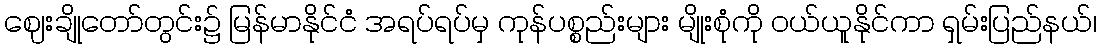
ဈေးချိုတော်တွင်း၌ မြန်မာနိုင်ငံ အရပ်ရပ်မှ ကုန်ပစ္စည်းများ မျိုးစုံကို ဝယ်ယူနိုင်ကာ ရှမ်းပြည်နယ်၊